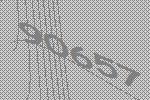
90657